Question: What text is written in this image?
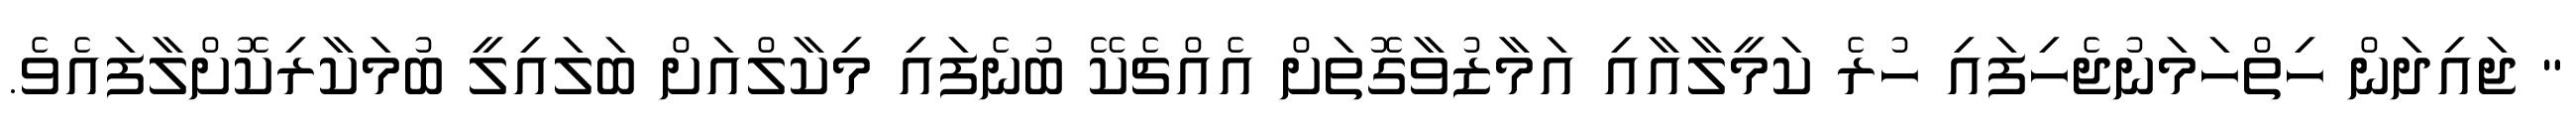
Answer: " ޖައިދަން ހިތްހަމަނުޖެހިފައި ހުރެ ކަމީލާއާއި އަމާޒުވާގޮތަށް އެއްޗެކޭ ބުނެފައި މިކާލްއަށް ބަލައިލީ ބުމަކާރިކޮށްލާފައެވެ.